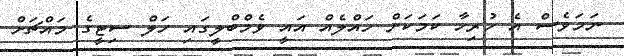
ނަަަމަވެސް އެ ހުރިހާ ކަމަކަށް ހައްލެއް އައީ ވެމްބްލީގައި ހަލް ސިޓީގެ މައްޗަށް